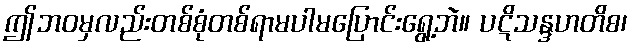
ဤဘဝမှလည်းတစ်စုံတစ်ရာမပါမပြောင်းရွေ့ဘဲ။ ပဋိသန္ဒဟတိစ၊